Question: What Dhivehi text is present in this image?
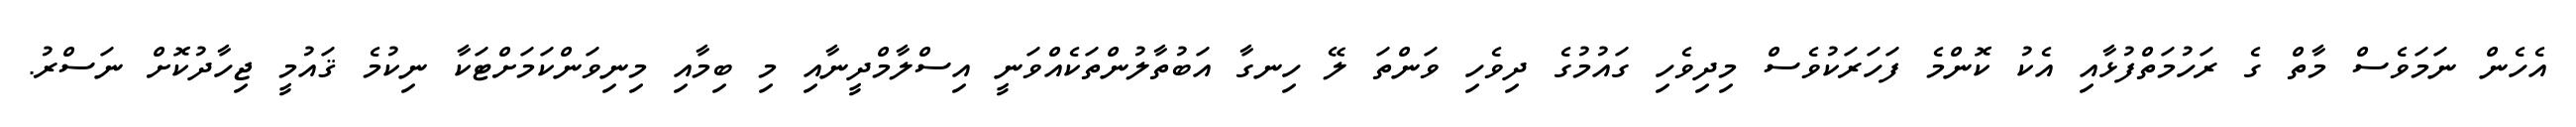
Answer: އެހެން ނަމަވެސް މާތް ގެ ރަހުމަތްފުޅާއި އެކު ކޮންމެ ފަހަރަކުވެސް މިދިވެހި ގައުމުގެ ދިވެހި ވަންތަ ލޭ ހިނގާ އަބުތާލުންތަކެއްވަނީ އިސްލާމްދީނާއި މި ބިމާއި މިނިވަންކަމަށްޓަކާ ނިކުމެ ޤައުމީ ޖިހާދުކޮށް ނަސްރު.